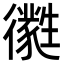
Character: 㣸